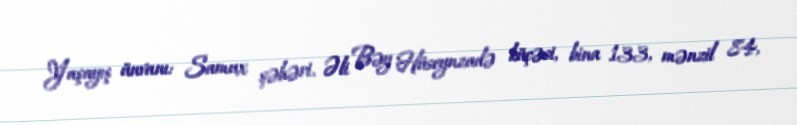
Yaşayış ünvanı: Samux şəhəri, Əli Bəy Hüseynzadə küçəsi, bina 133, mənzil 84,